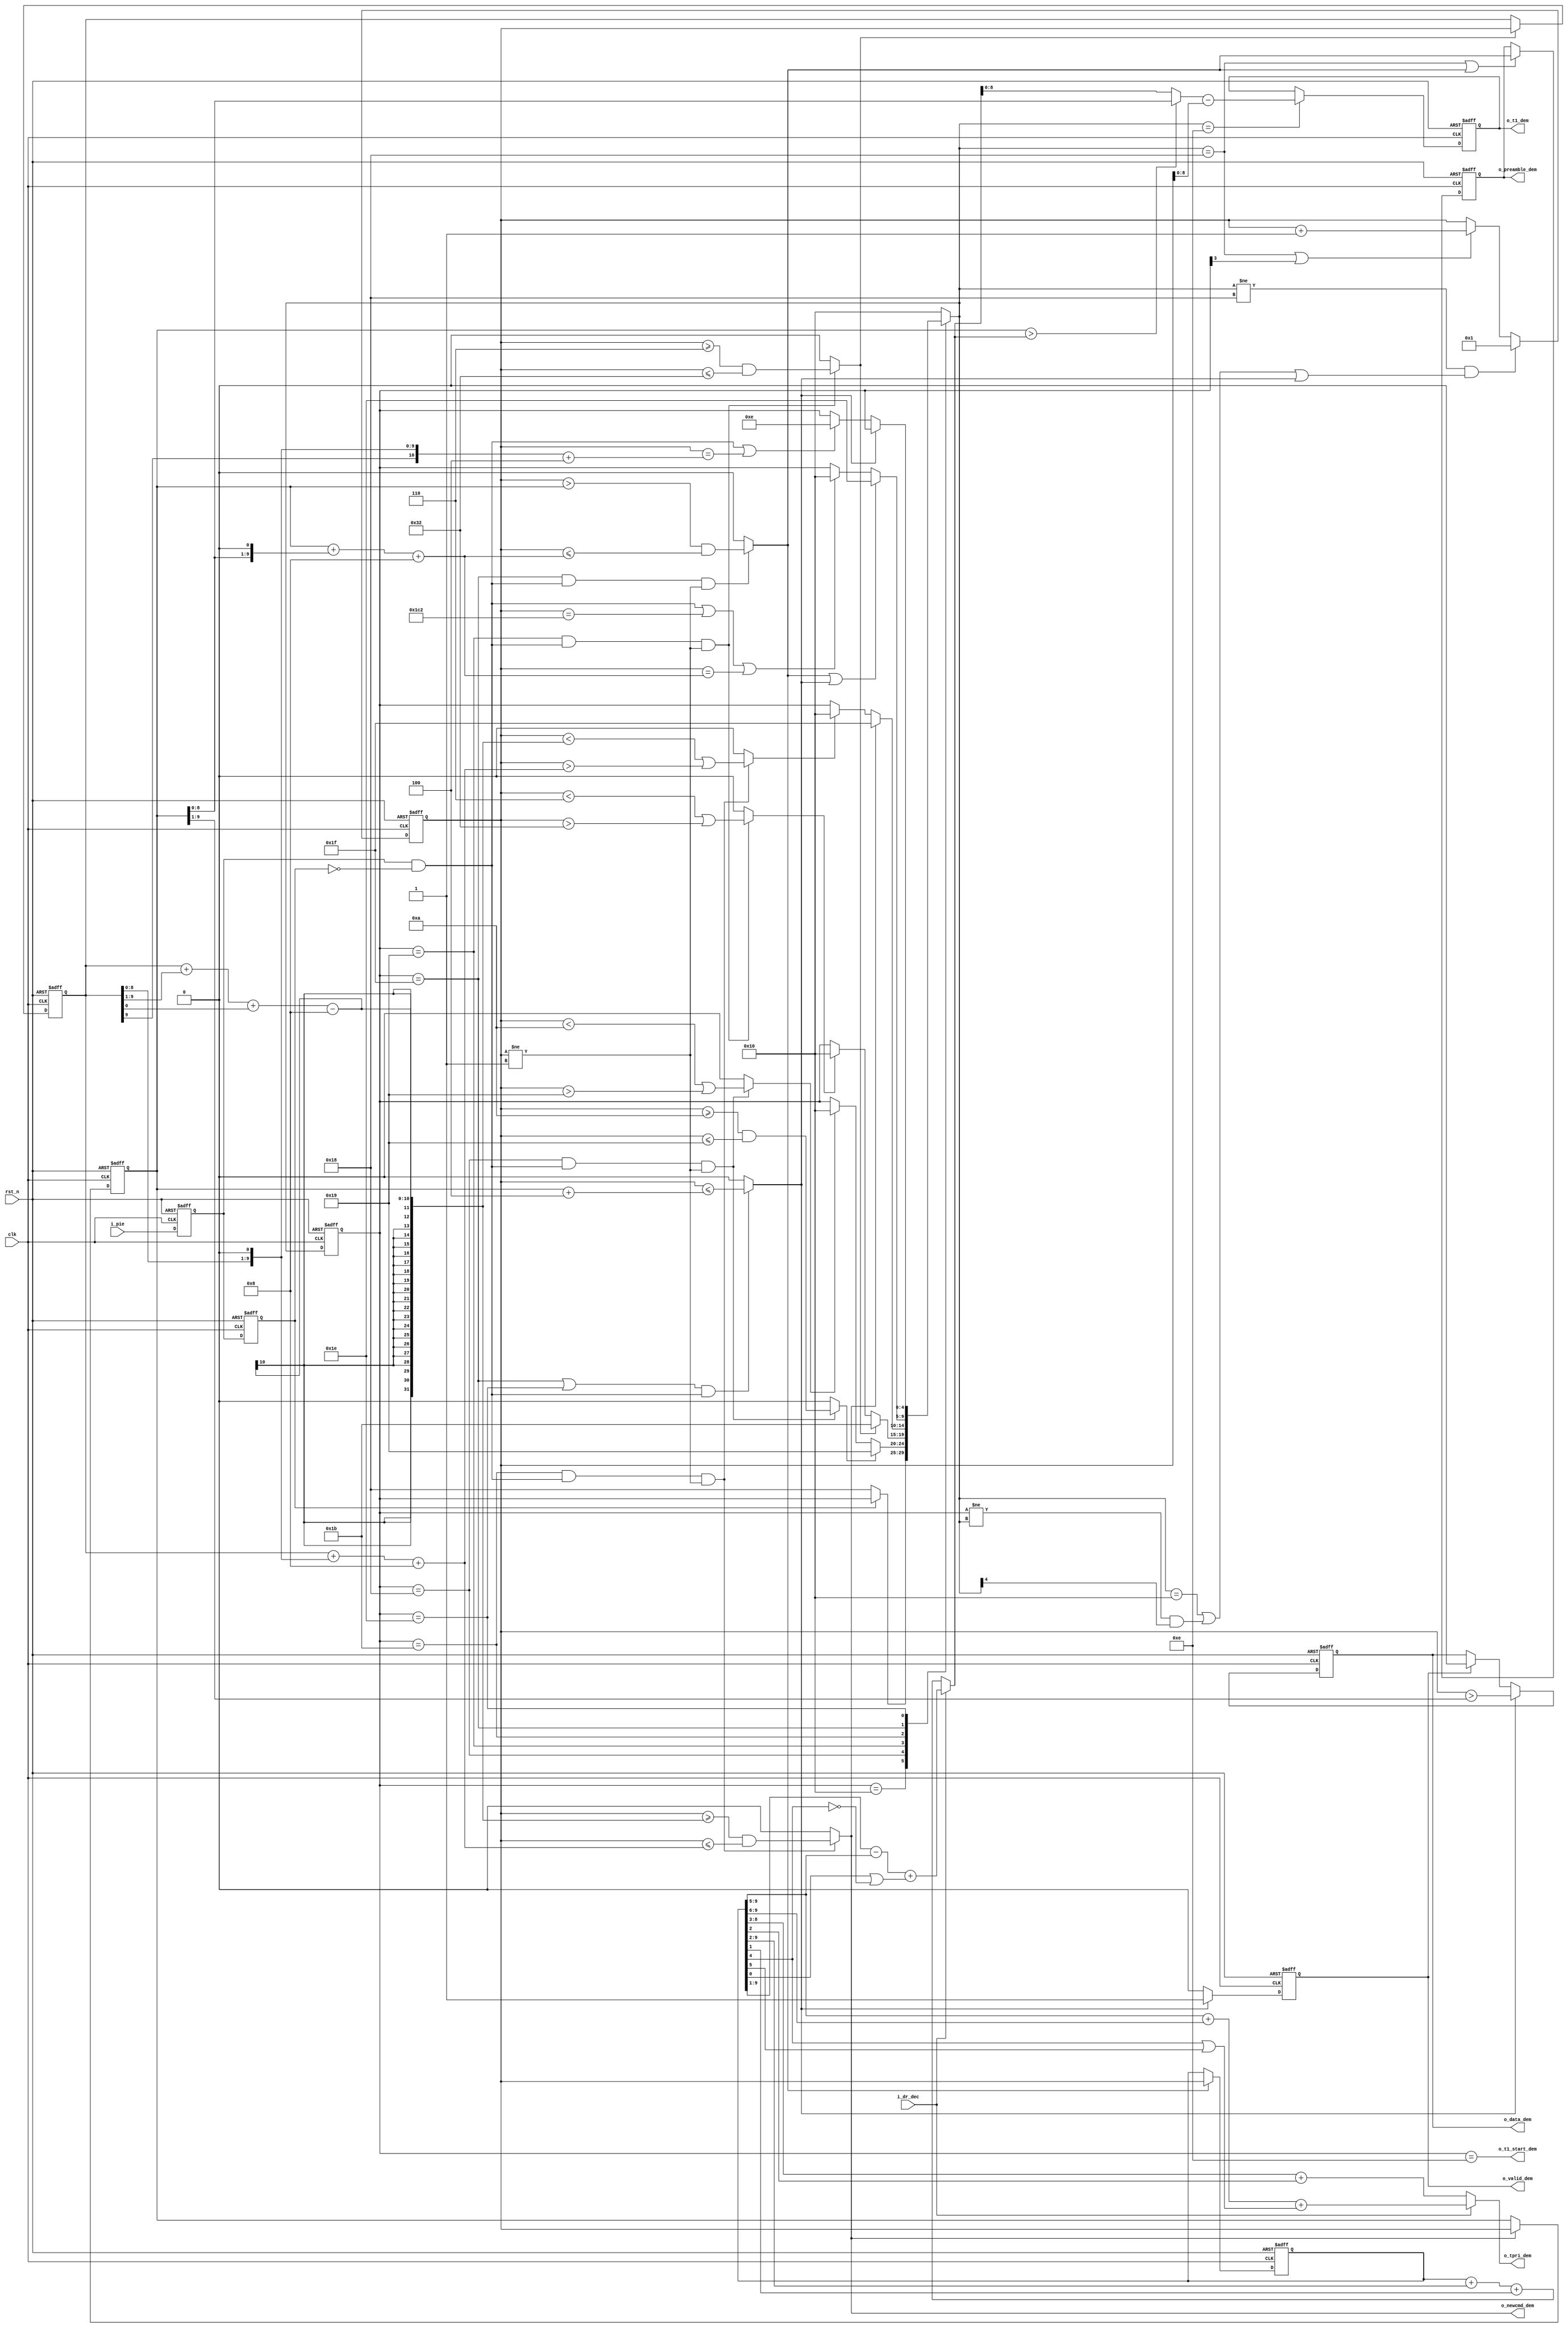
`timescale 1ns/100ps
module demodu	(
	input	clk		,
	input	rst_n		,
	input	i_pie	  ,
	input	i_dr_dec		,
	output reg 			o_data_dem	,
	output reg 			o_valid_dem	,
	output reg 			o_newcmd_dem	,
	output reg 			o_preamble_dem,
	output reg [5:0] 	o_tpri_dem	,
	output reg [8:0]	o_t1_dem		,
	output reg 			o_t1_start_dem	
	);

// state[3] means counter to work
// state[4] means counter to clear
parameter	IDLE     	=	5'b1_0_000	;
parameter	DELIMITER	=	5'b1_1_000	;
parameter	TARI     	=	5'b1_1_001	; 
parameter	RTCAL    	=	5'b1_1_011	;
parameter	TRCAL    	=	5'b1_1_111	;
parameter	DATA     	=	5'b1_1_110	;
parameter	T1_WAIT  	=	5'b0_1_100	;
parameter	TPRI_CAL 	=	5'b0_1_101	;
parameter	TIMEOUT  	=	5'b0_1_110	;

parameter	TariMax		= 	'd50	;
parameter	TariMin		=	'd6	;
//parameter	RtMax		=	128	;
parameter	RtMax		=	'd150	;
parameter	RtMin		=	'd15	;
parameter	TrMax		=	'd450	;
parameter	Delta		=	'd2	;
parameter	T1_margin	=	'd6	;
parameter	Delimiter_min	=	'd10	;
parameter	Delimiter_max	=	'd25	;

//parameter	TR_W 		=	10	;
parameter	CntW		=	'd10	; //512

reg			pie_data_d	;
reg			rd			;
reg			rd_posedge	;

reg	[4:0]		next		;
reg	[4:0]		state		;

reg	[CntW-1:0]	counter		;
reg	[CntW-1:0]	tari_r		;
reg	[CntW-1:0]	rt_r		;
reg	[CntW-1:0]	tr_r		;
reg	[CntW-1:0]	Tari_x2p5	;
reg	[CntW-1:0]	Tari_x3		;
reg	[CntW-1:0]	Rt_x3		;
reg	[CntW-1:0]	Pilot		;
reg	[CntW-1:0]	t1_tr_wire	;
reg	[CntW-1:0]	t1_wire		;

reg			Tari_match	;
reg			Tari_error	;
reg			Rt_Tari_match	;
reg			Rt_Tari_error	;
reg			Tr_Rt_match	;
reg			Tr_Rt_error	;
reg			Data_match	;
reg			Data_error	;
reg			Delimiter_match;
reg			Delimiter_error;

wire		steady;
assign		steady = (counter != 'd1);

// -------------------------------------------------------------
// async input synchronizer
// -------------------------------------------------------------
always @(posedge clk or negedge rst_n)
	if (~rst_n)
		begin
		pie_data_d	<=	1'b1		;
		rd			<=	1'b1		;
		end
	else 
		begin
		pie_data_d	<=	i_pie		;
		rd			<=	pie_data_d	;
		end

always @ (*) 
	rd_posedge	=	pie_data_d && ~rd		; // rd_d01

always @ (*)
	if (state==TARI && rd_posedge && steady)
		begin
			Tari_match	=	(counter>=TariMin) && (counter<=TariMax)	;
			Tari_error	=	(counter < TariMin) || (counter>TariMax)	;	
		end
	else
		begin
			Tari_match	=	1'b0		;
			Tari_error	=	1'b0		;
		end
		
always @ (*)
	if (state==DELIMITER && rd_posedge && steady)
		begin
			Delimiter_match	=	(counter>=Delimiter_min) && (counter<=Delimiter_max)	;
			Delimiter_error	=	(counter< Delimiter_min) || (counter> Delimiter_max) 	;
		end
	else
		begin
			Delimiter_match	=	1'b0		;
			Delimiter_error	=	1'b0		;
		end
		
always @(posedge clk or negedge rst_n)
	if (~rst_n)
		tari_r		<=	0		;
	else if (Tari_match)
		tari_r		<=	counter		; //tari_rtaricounter

always @ (*)
	begin
	Tari_x3		=	tari_r + (tari_r<<1)	; //3 tari
	Tari_x2p5	=	tari_r + (tari_r>>1) + tari_r[0]	; //2.5 taricounter
	Rt_x3		=	rt_r + (rt_r<<1)	;	// 3 rt_cal
	Pilot		=	(rt_r + tari_r)>>1	;   //Pilot(rt_cal + tari)/2
	end

always @ (*)
	if (state==RTCAL && rd_posedge && steady)
		begin
			Rt_Tari_match	=	(counter>=Tari_x2p5-4*Delta) && (counter<=Tari_x3+4*Delta)	; // 2.5 tari < RTcal < 3 tari
			Rt_Tari_error	=	(counter< Tari_x2p5-4*Delta) || (counter>Tari_x3+4*Delta) ;
		end
	else
		begin
			Rt_Tari_match	=	1'b0		;
			Rt_Tari_error	=	1'b0		;
		end
		
always @(posedge clk or negedge rst_n)
	if (~rst_n)
		rt_r		<=	0		;
	else if (Rt_Tari_match)
		rt_r		<=	counter		; //rt_cal

always @ (*)
	if (state==TRCAL && rd_posedge && steady )
		begin
			Tr_Rt_match	=	(counter>rt_r) && (counter<=Rt_x3+4*Delta)	; // rt_cal <tr_cal <= 3 tari
			Tr_Rt_error	=	(counter<= rt_r) || (counter> Rt_x3+4*Delta) ;
		end
	else 
		begin
			Tr_Rt_match	=	1'b0		;
			Tr_Rt_error	=	1'b0		;
		end

always @(posedge clk or negedge rst_n)
	if (~rst_n)
		tr_r		<=	0		;
	else if (Tr_Rt_match)
		tr_r		<=	counter		;

always @ (*)
	if ((state==TRCAL || state==DATA) && rd_posedge)
		begin
			Data_match	=	counter<=(rt_r+2*Delta)	;      //TRCALDATADATATRCALRt_cal(2.5-3 tari)DATATRcal
			Data_error	=	counter>(rt_r+2*Delta)	;
		end
	else												//rt_cal=0+1
		begin
			Data_match	=	1'b0		;
			Data_error	=	1'b0;
		end

// ---------------------------------------------------------------
// state machine
// ---------------------------------------------------------------
always @(posedge clk or negedge rst_n)
	if (!rst_n)
		state	<=	IDLE	;
	else state	<=	next	;

always @ (*)
	case (state)
	IDLE:
		if (!rd )
	               	next = DELIMITER;
	        else
	               	next = state    ;
	DELIMITER:
		if (Delimiter_match) 		
	               	next = TARI    	;
		else if (Delimiter_error) 
	               	next = IDLE    ;
		else 		next = state	;
	TARI:
		if (Tari_match )  
					next = RTCAL    ;
	     	else if (Tari_error)  //6.25us<tari<25us
	                next = IDLE     ; 
	     	else
	                next = state    ;
	RTCAL:
		if (Rt_Tari_match)
	                next = TRCAL   ;
		else if (Rt_Tari_error)
	                next = IDLE ;
		else
	                next = state  ;
	TRCAL:        //if frame_sync, data_translation begin at this state.
		if (Tr_Rt_match || Data_match ) //TRCAL  DATA
	                next = DATA   ;
		else if (rd_posedge || counter==TrMax|| counter==Rt_x3+4*Delta ) //DATATrMax,RTCALCounter>3*RTcal
	                next = IDLE 	;
		else
	                next = state  ;
	DATA:
		if (Data_match)
		        next = state ;
		else if (rd_posedge || counter==(tari_r<<1)+2*Delta)
		        next = TIMEOUT ;
		else
		        next = state ;
	TIMEOUT:
		next = IDLE  ;
	/*	
	T1_WAIT:
		if (counter==t1_wire-T1_margin)
	                next = TPRI_CAL ;
		else
	                next = state ;
	TPRI_CAL:
		next = IDLE ;
	*/
	default:	next = IDLE ;
	endcase


always @(posedge clk or negedge rst_n)
	if (~rst_n)
		counter		<=	1		;
	else if (next!=DELIMITER && (next==IDLE || state!=next && next[4]==1'b1 || Data_match)) //next
		counter		<=	1		;
	else if (next==DELIMITER||state[3]==1'b1) //counterIDLE
		counter		<=	counter+1	;

always @ (*)
	if (i_dr_dec)
		o_tpri_dem	=	(tr_r>>5) + (tr_r>>6) + (tr_r[4]|tr_r[5])	;	// 3/64 TRcal
	else
		o_tpri_dem	=	(tr_r>>3) + tr_r[2]	;    //1/8 TRcal ,tr_r[2]

always @ (*)
	if (i_dr_dec)
		t1_tr_wire	=	(tr_r>>1) - (tr_r>>5) + (tr_r[0]|(~tr_r[4]))	; //(trcal/2 - trcal/32)=15/32 trcal
	else
		t1_tr_wire	=	tr_r + (tr_r>>2) + tr_r[1]			;  //tr_cal+1/4 trcal

always @ (*)
	if (rt_r>t1_tr_wire)
		t1_wire		=	rt_r		;
	else
		t1_wire		=	t1_tr_wire	;

always @ (*)
	begin
	o_newcmd_dem	=	Rt_Tari_match	;
	o_t1_start_dem	=	state==TIMEOUT	;
	end

always @(posedge clk or negedge rst_n)
	if (~rst_n)
		o_t1_dem	<=	0		;
	else if (next==TIMEOUT)
		o_t1_dem	<=	t1_wire-counter	;

always @(posedge clk or negedge rst_n)
	if (~rst_n)
		begin
		o_data_dem		<=	1'b0		;
		o_valid_dem		<=	1'b0		;
		end
	else if (Data_match)
		begin
		o_data_dem		<=	counter>(rt_r>>1)	;  // pivot > (rt_cal/2)  1'b1
		o_valid_dem		<=	1'b1		;		// clock 1bito_valid_dem 
		end
	else if (o_valid_dem)
		begin
		o_data_dem		<=	1'b0		;
		o_valid_dem		<=	1'b0		;
		end

always	@(posedge clk or negedge rst_n)
	if (~rst_n)
		o_preamble_dem	<=	1'b0		;
	else if (next==DELIMITER || Tr_Rt_match)
		o_preamble_dem	<=	Tr_Rt_match	;

endmodule